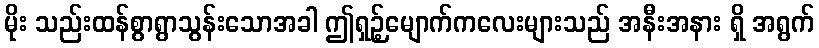
မိုး သည်းထန်စွာရွာသွန်းသောအခါ ဤရှဉ့်မျောက်ကလေးများသည် အနီးအနား ရှိ အရွက်